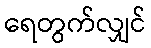
ရေတွက်လျှင်